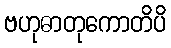
ဗဟုဓာတုကောတိပိ